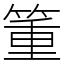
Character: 箽